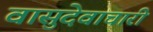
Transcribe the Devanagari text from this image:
वासुदेवाचारी